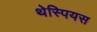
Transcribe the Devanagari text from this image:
थेस्पियस